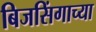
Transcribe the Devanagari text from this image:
बिजसिंगाच्या